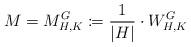
LaTeX: \begin{align*}M = M_{H,K}^G \coloneqq \frac{1}{|H|} \cdot W_{H,K}^G\end{align*}